Report on metropolitan horse fairs and district horse shows of 1891-92 - 1891-1892
Year: 1891
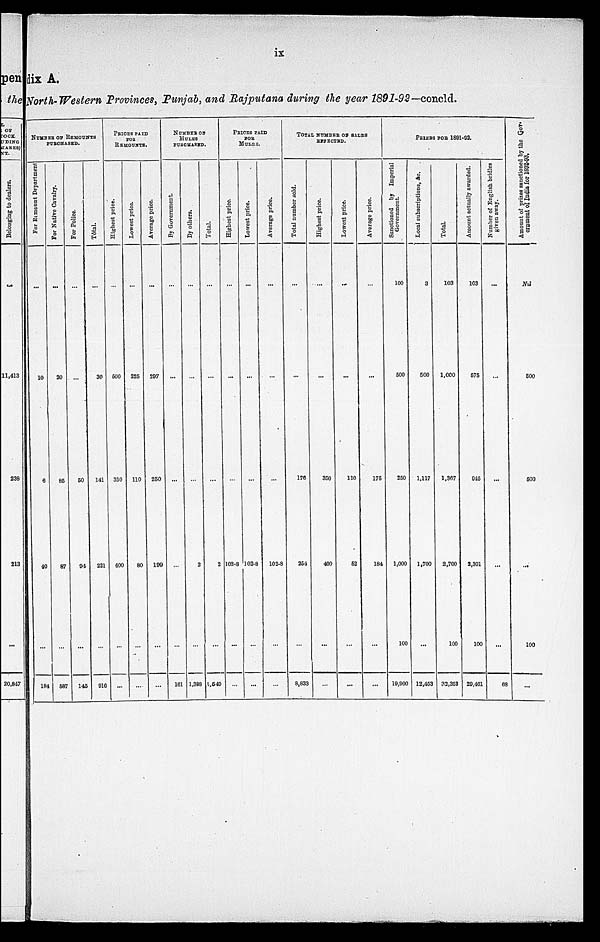
ix
North-Western Provinces, Punjab, and Rajputana during the year 1891-92 — concld.
NUMBER OF REMOUNTS
PURCHASED.
For Remount Department
...
10
6
40
...
184
For Native Cavalry.
...
20
85
87
...
587
For Police.
...
...
50
94
...
145
Total.
...
30
141
221
...
916
PRICES PAID
FOR
REMOUNTS.
Highest price.
...
500
350
400
...
...
Lowest price.
...
225
110
80
...
...
Average price.
...
297
250
199
...
...
NUMBER OF
MULES
PURCHASED.
By Government.
...
...
...
...
...
161
By others.
...
...
...
2
...
1.388
Total.
...
...
...
2
...
1,549
PRICES PAID
FOR
MULES.
Highest price.
...
...
...
102.8
...
...
Lowest price.
...
...
...
102.8
...
...
Average price.
...
...
...
102.8
...
...
TOTAL NUMBER OF SALES
EFFECTED.
Total number sold.
...
...
176
254
...
8,833
Highest price.
...
...
350
400
...
...
Lowest price.
...
...
110
52
...
...
Average price.
...
...
175
184
...
...
PRIZES FOR 1891-92.
Sanctioned by Imperial
Government.
100
500
250
1,000
100
19,900
Local subscriptions, &c.
3
500
1,117
1,700
...
12,453
Total.
103
1,000
1,367
2,700
100
32,353
Amount actually awarded.
103
575
945
2,301
100
29,461
Number of English bridles
given away.
...
...
...
...
...
68
Amount of prizes sanctioned by the Gov-
ernment of India for 1892-93.
Nil
500
500
...
100
...